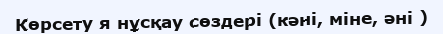
Көрсету я нұсқау сөздері (кәні, міне, әні )